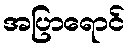
အပြာရောင်